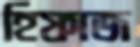
হিফাজ